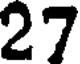
27